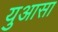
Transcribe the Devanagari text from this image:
युआसा